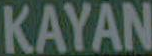
KAYAN